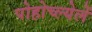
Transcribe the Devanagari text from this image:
पोहोच्ल्येलें